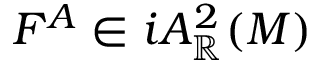
F ^ { A } \in i A _ { \mathbb { R } } ^ { 2 } ( M )